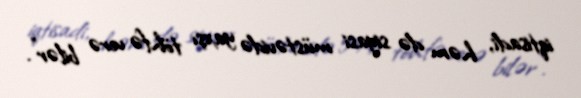
iqtisadi, həm də siyasi müstəvidə yaxşı töhfə verə bilər".